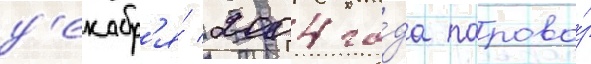
д'екабр'я́ 2004 го́да парово́з